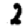
Digit: 2